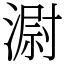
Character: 𣻷